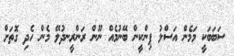
ސަބަބަކީ މަމެން އަސްލު ޕިންކީން ބޭނުމެއް ނޫން ރަންރީނދުލޭ މެން ހެދި ގޮތަށް